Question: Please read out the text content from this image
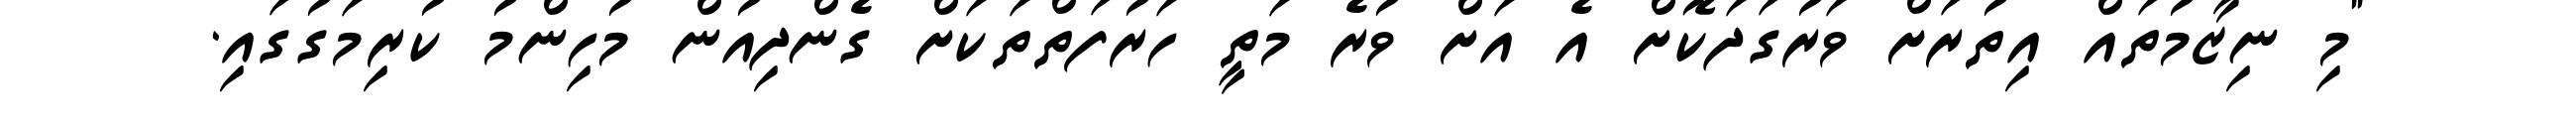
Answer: "މި ނިޒާމުތައް އިތުރަށް ވަރުގަދަކޮށް އެ އަށް ވުރެ މަތީ ހަރުފަތްތަކަށް ގެންދިއުން މުހިންމު ކުރިމަގުގައި.